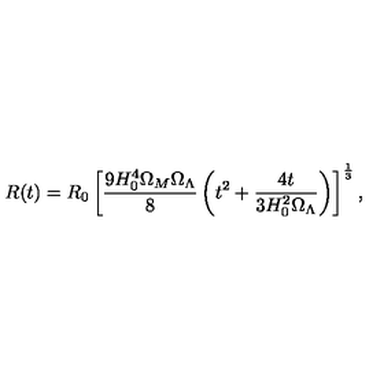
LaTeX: R ( t ) = R _ { 0 } \left[ \frac { 9 H _ { 0 } ^ { 4 } \Omega _ { M } \Omega _ { \Lambda } } { 8 } \left( t ^ { 2 } + \frac { 4 t } { 3 H _ { 0 } ^ { 2 } \Omega _ { \Lambda } } \right) \right] ^ { \frac { 1 } { 3 } } ,